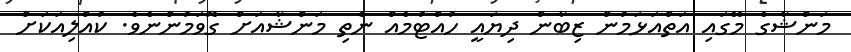
މަންޝާގެ މޭގައި އަތްއަޅަމުން ޒިބާން ދިޔައީ ހުއްޓުމެއް ނެތި މަންޝާއަށް ގޮވަމުންނެވެ. ކުއްލިއަކަށް